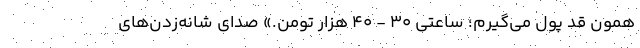
همون قد پول می‌گیرم؛ ساعتی ۳۰ - ۴۰ هزار تومن.» صدای شانه‌زدن‌های